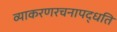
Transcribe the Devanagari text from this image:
व्याकरणरचनापद्धति